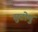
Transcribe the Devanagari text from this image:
सुटोमु